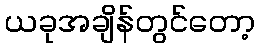
ယခုအချိန်တွင်တော့